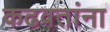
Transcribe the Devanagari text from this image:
कढवतांना